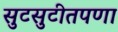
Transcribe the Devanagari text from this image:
सुटसुटीतपणा